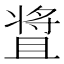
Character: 𬌒